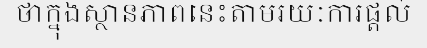
ថាក្នុងស្ថានភាពនេះតាមរយៈការផ្តល់